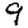
Digit: 9